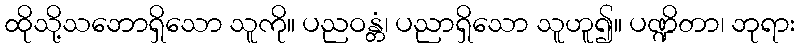
ထိုသို့သဘောရှိသော သူကို။ ပညဝန္တံ၊ ပညာရှိသော သူဟူ၍။ ပဏ္ဍိတာ၊ ဘုရား